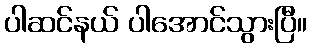
ပါဆင်နယ် ပါအောင်သွားပြီ။